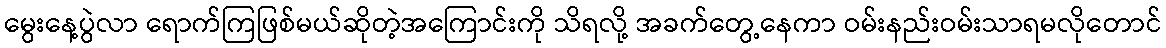
မွေးနေ့ပွဲလာ ရောက်ကြဖြစ်မယ်ဆိုတဲ့အကြောင်းကို သိရလို့ အခက်တွေ့နေကာ ဝမ်းနည်းဝမ်းသာရမလိုတောင်